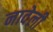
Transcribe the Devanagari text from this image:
नावेली